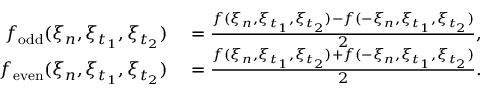
\begin{array} { r l } { f _ { \mathrm { o d d } } ( \xi _ { n } , \xi _ { t _ { 1 } } , \xi _ { t _ { 2 } } ) } & { { } = \frac { f ( \xi _ { n } , \xi _ { t _ { 1 } } , \xi _ { t _ { 2 } } ) - f ( - \xi _ { n } , \xi _ { t _ { 1 } } , \xi _ { t _ { 2 } } ) } { 2 } , } \\ { f _ { \mathrm { e v e n } } ( \xi _ { n } , \xi _ { t _ { 1 } } , \xi _ { t _ { 2 } } ) } & { { } = \frac { f ( \xi _ { n } , \xi _ { t _ { 1 } } , \xi _ { t _ { 2 } } ) + f ( - \xi _ { n } , \xi _ { t _ { 1 } } , \xi _ { t _ { 2 } } ) } { 2 } . } \end{array}